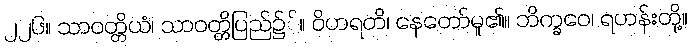
၂၂၆။ သာဝတ္တိယံ၊ သာဝတ္တိပြည်၌်။ ဝိဟရတိ၊ နေတော်မူ၏။ ဘိက္ခဝေ၊ ရဟန်းတို့။